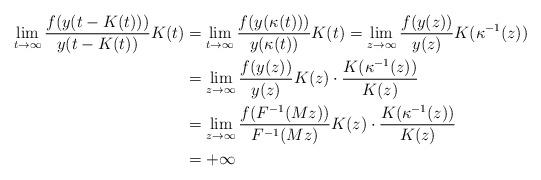
LaTeX: \begin{align*}\lim_{t\to\infty} \frac{f(y(t-K(t)))}{y(t-K(t))}K(t)&=\lim_{t\to\infty} \frac{f(y(\kappa(t)))}{y(\kappa(t))}K(t)=\lim_{z\to\infty} \frac{f(y(z))}{y(z)}K(\kappa^{-1}(z))\\&=\lim_{z\to\infty} \frac{f(y(z))}{y(z)}K(z) \cdot \frac{K(\kappa^{-1}(z))}{K(z)}\\&=\lim_{z\to\infty} \frac{f(F^{-1}(Mz))}{F^{-1}(Mz)}K(z) \cdot \frac{K(\kappa^{-1}(z))}{K(z)}\\&=+\infty\end{align*}